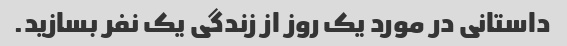
داستانی در مورد یک روز از زندگی یک نفر بسازید.